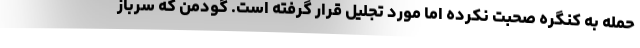
حمله به کنگره صحبت نکرده اما مورد تجلیل قرار گرفته است. گودمن که سرباز